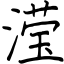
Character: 滢